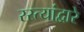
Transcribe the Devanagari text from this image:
रस्त्यांद्वारे